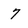
Character: 7